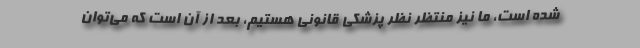
شده است، ما نیز منتظر نظر پزشکی قانونی هستیم، بعد از آن است که می‌توان